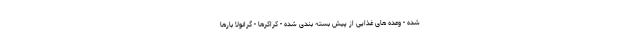
شده - وعده های غذایی از پیش بسته بندی شده - کراکرها - گرانولا بارها